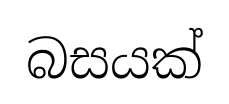
බසයක්